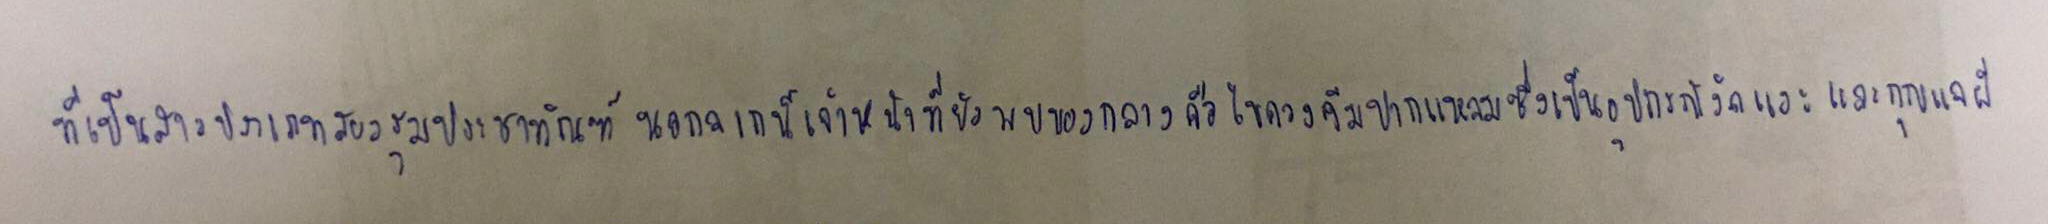
ที่เป็นสาวประเภทสองรุมประชาทัณฑ์นอกจากนี้เจ้าหน้าที่ยังพบของกลางคือไขควงคีมปากแหลมซึ่งเป็นอุปกรณ์งัดแงะและกุญแจผี